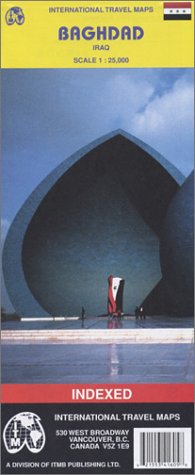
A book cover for Baghdad 1:10,000 / 25,000 Street Map (Travel Reference Map) 2005; ITM Canada; Travel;